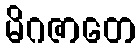
မိဂဇာတေ